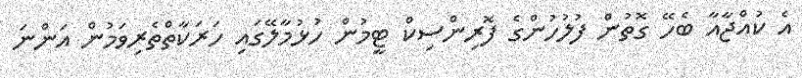
އެ ކުއްޖާއާ ބެހޭ ގޮތުން ފުލުހުންގެ ފޮރިންސިކް ޓީމުން ހުޅުމާލޭގައި ހަރަކާތްތެރިވަމުން އަންނަ